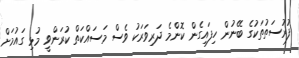
ފުރުސަތުތަކުގެ ބޭނުން ހިފައިގެން ކޮންމެ ދަރިވަރަކު ވެސް މަސައްކަތް ކުރަންވީ މުޅި ގައުމަށް